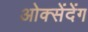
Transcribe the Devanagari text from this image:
ओक्सेंदेंग